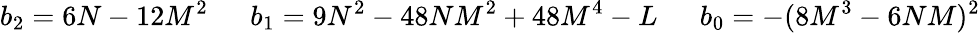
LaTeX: b_{2}=6N-12M^{2}\ \ \ \ \ \ b_{1}=9N^{2}-48NM^{2}+48M^{4}-L\ \ \ \ \ \ b_{0}=-(8M^{3}-6NM)^{2}